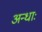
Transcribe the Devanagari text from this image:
अन्धाः